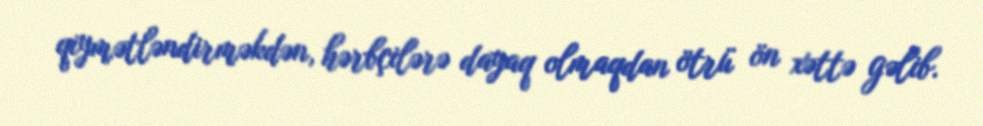
qiymətləndirməkdən, hərbçilərə dayaq olmaqdan ötrü ön xəttə gəlib.